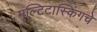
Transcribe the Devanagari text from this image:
मल्टिटास्किंगचे